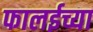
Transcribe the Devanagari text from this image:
फालईच्या